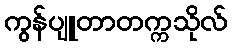
ကွန်ပျူတာတက္ကသိုလ်